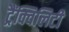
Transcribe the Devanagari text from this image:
ट्रैंक्विलिटी